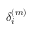
\delta _ { i } ^ { ( m ) }